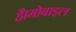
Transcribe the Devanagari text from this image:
है।मोबाइल